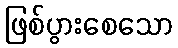
ဖြစ်ပွားစေသော